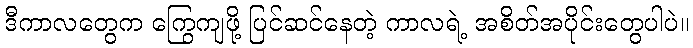
ဒီကာလတွေက ကြွေကျဖို့ ပြင်ဆင်နေတဲ့ ကာလရဲ့ အစိတ်အပိုင်းတွေပါပဲ။